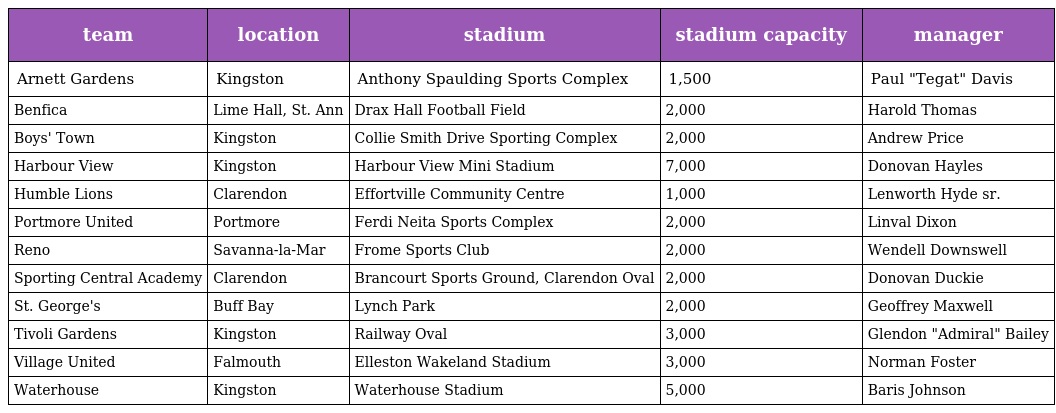
| team | location | stadium | stadium capacity | manager |
 | --- | --- | --- | --- | --- |
 | Arnett Gardens | Kingston | Anthony Spaulding Sports Complex | 1,500 | Paul "Tegat" Davis |
 | Benfica | Lime Hall, St. Ann | Drax Hall Football Field | 2,000 | Harold Thomas |
 | Boys' Town | Kingston | Collie Smith Drive Sporting Complex | 2,000 | Andrew Price |
 | Harbour View | Kingston | Harbour View Mini Stadium | 7,000 | Donovan Hayles |
 | Humble Lions | Clarendon | Effortville Community Centre | 1,000 | Lenworth Hyde sr. |
 | Portmore United | Portmore | Ferdi Neita Sports Complex | 2,000 | Linval Dixon |
 | Reno | Savanna-la-Mar | Frome Sports Club | 2,000 | Wendell Downswell |
 | Sporting Central Academy | Clarendon | Brancourt Sports Ground, Clarendon Oval | 2,000 | Donovan Duckie |
 | St. George's | Buff Bay | Lynch Park | 2,000 | Geoffrey Maxwell |
 | Tivoli Gardens | Kingston | Railway Oval | 3,000 | Glendon "Admiral" Bailey |
 | Village United | Falmouth | Elleston Wakeland Stadium | 3,000 | Norman Foster |
 | Waterhouse | Kingston | Waterhouse Stadium | 5,000 | Baris Johnson |